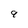
Character: 9